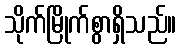
သိုက်မြိုက်စွာရှိသည်။